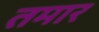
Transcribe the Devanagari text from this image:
तमार